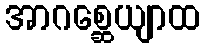
အာဂစ္ဆေယျာထ